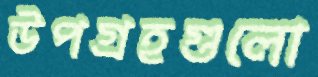
উপগ্রহগুলো